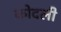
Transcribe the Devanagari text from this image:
कोदली